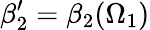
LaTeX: \beta_{2}^{\prime}=\beta_{2}(\Omega_{1})